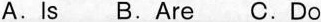
A. Is B. Are C. Do